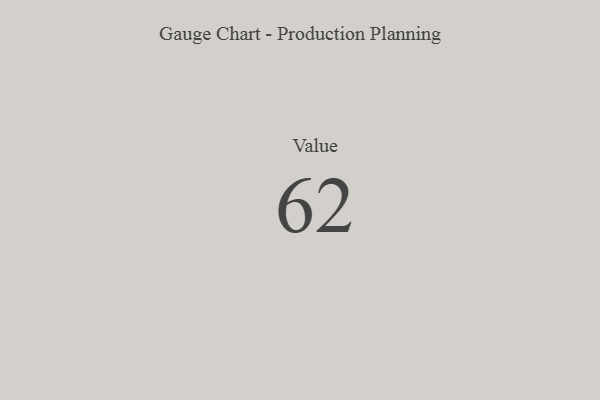
{"axis": {"x": "Metric", "y": "Value"}, "legend": [""], "data": [{"x": "Value", "y": 62, "type": ""}]}